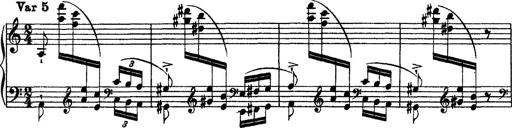
Title: Grandes Ã©tudes de Paganini
Composer: Franz Liszt